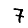
Digit: 7